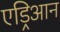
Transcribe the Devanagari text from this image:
एड्रिआन